Report of the Indian Hemp Drugs Commission, 1894-1895 - Volume IV
Year: 1894
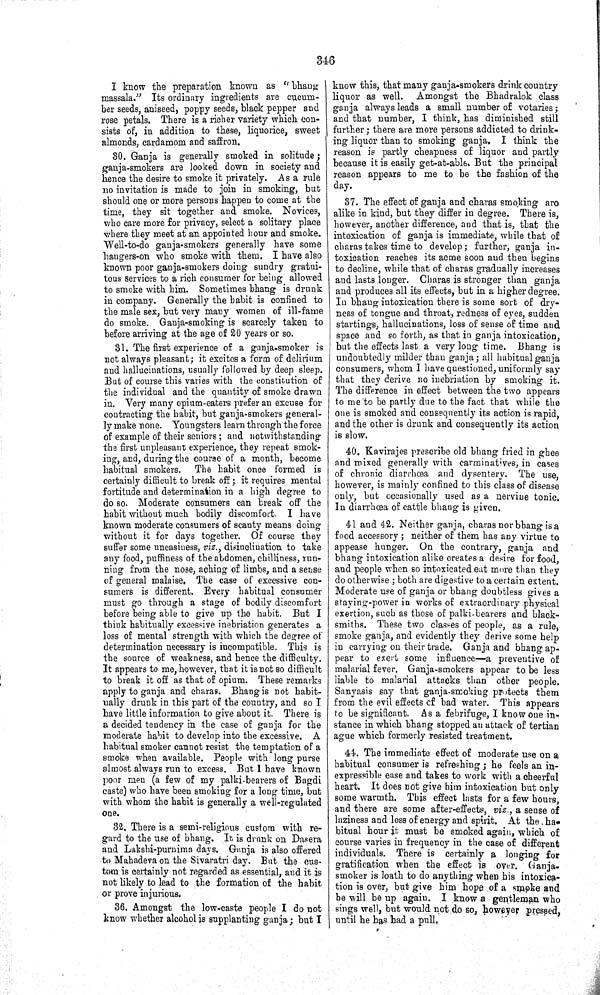
346
I know the preparation known as "bhang
massala." Its ordinary ingredients are cucum-
ber seeds, aniseed, poppy seeds, black pepper and
rose petals. There is a richer variety which con-
sists of, in addition to these, liquorice, sweet
almonds, cardamom and saffron.
30. Ganja is generally smoked in solitude;
ganja-smokers are looked down in society and
hence the desire to smoke it privately. As a rule
no invitation is made to join in smoking, but
should one or more persons happen to come at the
time, they sit together and smoke. Novices,
who care more for privacy, select a solitary place
where they meet at an appointed hour and smoke.
Well-to-do ganja-smokers generally have some
hangers-on who smoke with them. I have also
known poor ganja-smokers doing sundry gratui-
tous services to a rich consumer for being allowed
to smoke with him. Sometimes bhang is drunk
in company. Generally the habit is confined to
the male sex, but very many women of ill-fame
do smoke. Ganja-smoking is scarcely taken to
before arriving at the age of 20 years or so.
31. The first experience of a ganja-smoker is
not always pleasant; it excites a form of delirium
and hallucinations, usually followed by deep sleep.
But of course this varies with the constitution of
the individual and the quantity of smoke drawn
in. Very many opium-eaters prefer an excuse for
contracting the habit, but ganja-smokers general-
ly make none. Youngsters learn through the force
of example of their seniors; and notwithstanding
the first unpleasant experience, they repeat smok-
ing, and, during the course of a month, become
habitual smokers. The habit once formed is
certainly difficult to break off; it requires mental
fortitude and determination in a high degree to
do so. Moderate consumers can break off the
habit without much bodily discomfort. I have
known moderate consumers of scanty means doing
without it for days together. Of course they
suffer some uneasiness, viz., disinclination to take
any food, puffiness of the abdomen, chilliness, run-
ning from the nose, aching of limbs, and a sense
of general malaise. The case of excessive con-
sumers is different. Every habitual consumer
must go through a stage of bodily discomfort
before being able to give up the habit. But I
think habitually excessive inebriation generates a
loss of mental strength with which the degree of
determination necessary is incompatible. This is
the source of weakness, and hence the difficulty.
It appears to me, however, that it is not so difficult
to break it off as that of opium. These remarks
apply to ganja and charas. Bhang is not habit-
ually drunk in this part of the country, and so I
have little information to give about it. There is
a decided tendency in the case of ganja for the
moderate habit to develop into the excessive. A
habitual smoker cannot resist the temptation of a
smoke when available. People with long purse
almost always run to excess. But I have known
poor men (a few of my palki-bearers of Bagdi
caste) who have been smoking for a long time, but
with whom the habit is generally a well-regulated
one.
32. There is a semi-religious custom with re-
gard to the use of bhang. It is drunk on Dasera
and Lakshi-purnima days. Ganja is also offered
to Mahadeva on the Sivaratri day. But the cus-
tom is certainly not regarded as essential, and it is
not likely to lead to the formation of the habit
or prove injurious.
36. Amongst the low-caste people I do not
know whether alcohol is supplanting ganja; but I
know this, that many ganja-smokers drink country
liquor as well. Amongst the Bhadralok class
ganja always leads a small number of votaries;
and that number, I think, has diminished still
further; there are more persons addicted to drink-
ing liquor than to smoking ganja. I think the
reason is partly cheapness of liquor and partly
because it is easily get-at-able. But the principal
reason appears to me to be the fashion of the
day.
37. The effect of ganja and charas smoking aro
alike in kind, but they differ in degree. There is,
however, another difference, and that is, that the
intoxication of ganja is immediate, while that of
charas takes time to develop; further, ganja in-
toxication reaches its acme soon and then begins
to decline, while that of charas gradually increases
and lasts longer. Charas is stronger than ganja
and produces all its effects, but in a higher degree.
In bhang intoxication there is some sort of dry-
ness of tongue and throat, redness of eyes, sudden
startings, hallucinations, loss of sense of time and
space and so forth, as that in ganja intoxication,
but the effects last a very long time. Bhang is
undoubtedly milder than ganja; all habitual ganja
consumers, whom I have questioned, uniformly say
that they derive no inebriation by smoking it.
The difference in effect between the two appears
to me to be partly due to the fact that while the
one is smoked and consequently its action is rapid,
and the other is drunk and consequently its action
is slow.
40. Kavirajes prescribe old bhang fried in ghee
and mixed generally with carminatives, in cases
of chronic diarrhœa and dysentery. The use,
however, is mainly confined to this class of disease
only, but occasionally used as a nervine tonic.
In diarrhœa of cattle bhang is given.
41 and 42. Neither ganja, charas nor bhang is a
food accessory; neither of them has any virtue to
appease hunger. On the contrary, ganja and
bhang intoxication alike creates a desire for food,
and people when so intoxicated eat more than they
do otherwise; both are digestive to a certain extent.
Moderate use of ganja or bhang doubtless gives a
staying-power in works of extraordinary physical
exertion, such as those of palki-bearers and black-
smiths. These two classes of people, as a rule,
smoke ganja, and evidently they derive some help
in carrying on their trade. Ganja and bhang ap-
pear to exert some influence—a preventive of
malarial fever. Ganja-smokers appear to be less
liable to malarial attacks than other people.
Sanyasis say that ganja-smoking protects them
from the evil effects of bad water. This appears
to be significant. As a febrifuge, I know one in-
stance in which bhang stopped an attack of tertian
ague which formerly resisted treatment.
44. The immediate effect of moderate use on a
habitual consumer is refreshing; he feels an in-
expressible ease and takes to work with a cheerful
heart. It does not give him intoxication but only
some warmth. This effect lasts for a few hours,
and there are some after-effects, viz., a sense of
laziness and loss of energy and spirit. At the ha-
bitual hour it must be smoked again, which of
course varies in frequency in the case of different
individuals. There is certainly a longing for
gratification when the effect is over. Ganja-
smoker is loath to do anything when his intoxica-
tion is over, but give him hope of a smoke and
be will be up again. I know a gentleman who
sings well, but would not do so, however pressed,
until he has had a pull.